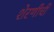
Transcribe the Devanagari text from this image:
शेरणीची